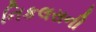
નિકલસની